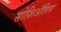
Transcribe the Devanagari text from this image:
सोशिअॅलिस